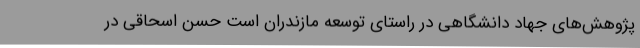
پژوهش‌های جهاد دانشگاهی در راستای توسعه مازندران است حسن اسحاقی در